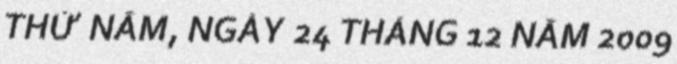
THỨ NĂM, NGÀY 24 THÁNG 12 NĂM 2009